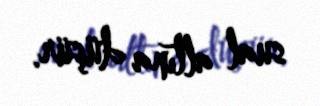
sual altına düşür.